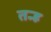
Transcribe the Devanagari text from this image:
तन्ह